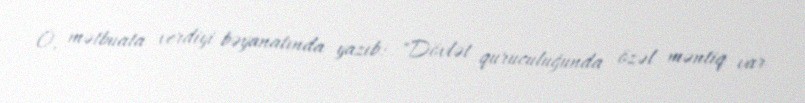
O, mətbuata verdiyi bəyanatında yazıb: "Dövlət quruculuğunda özəl məntiq var